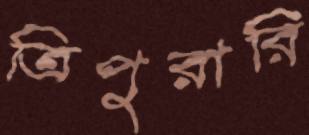
ত্রিপুরারি